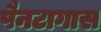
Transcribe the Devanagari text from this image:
पैनटागास